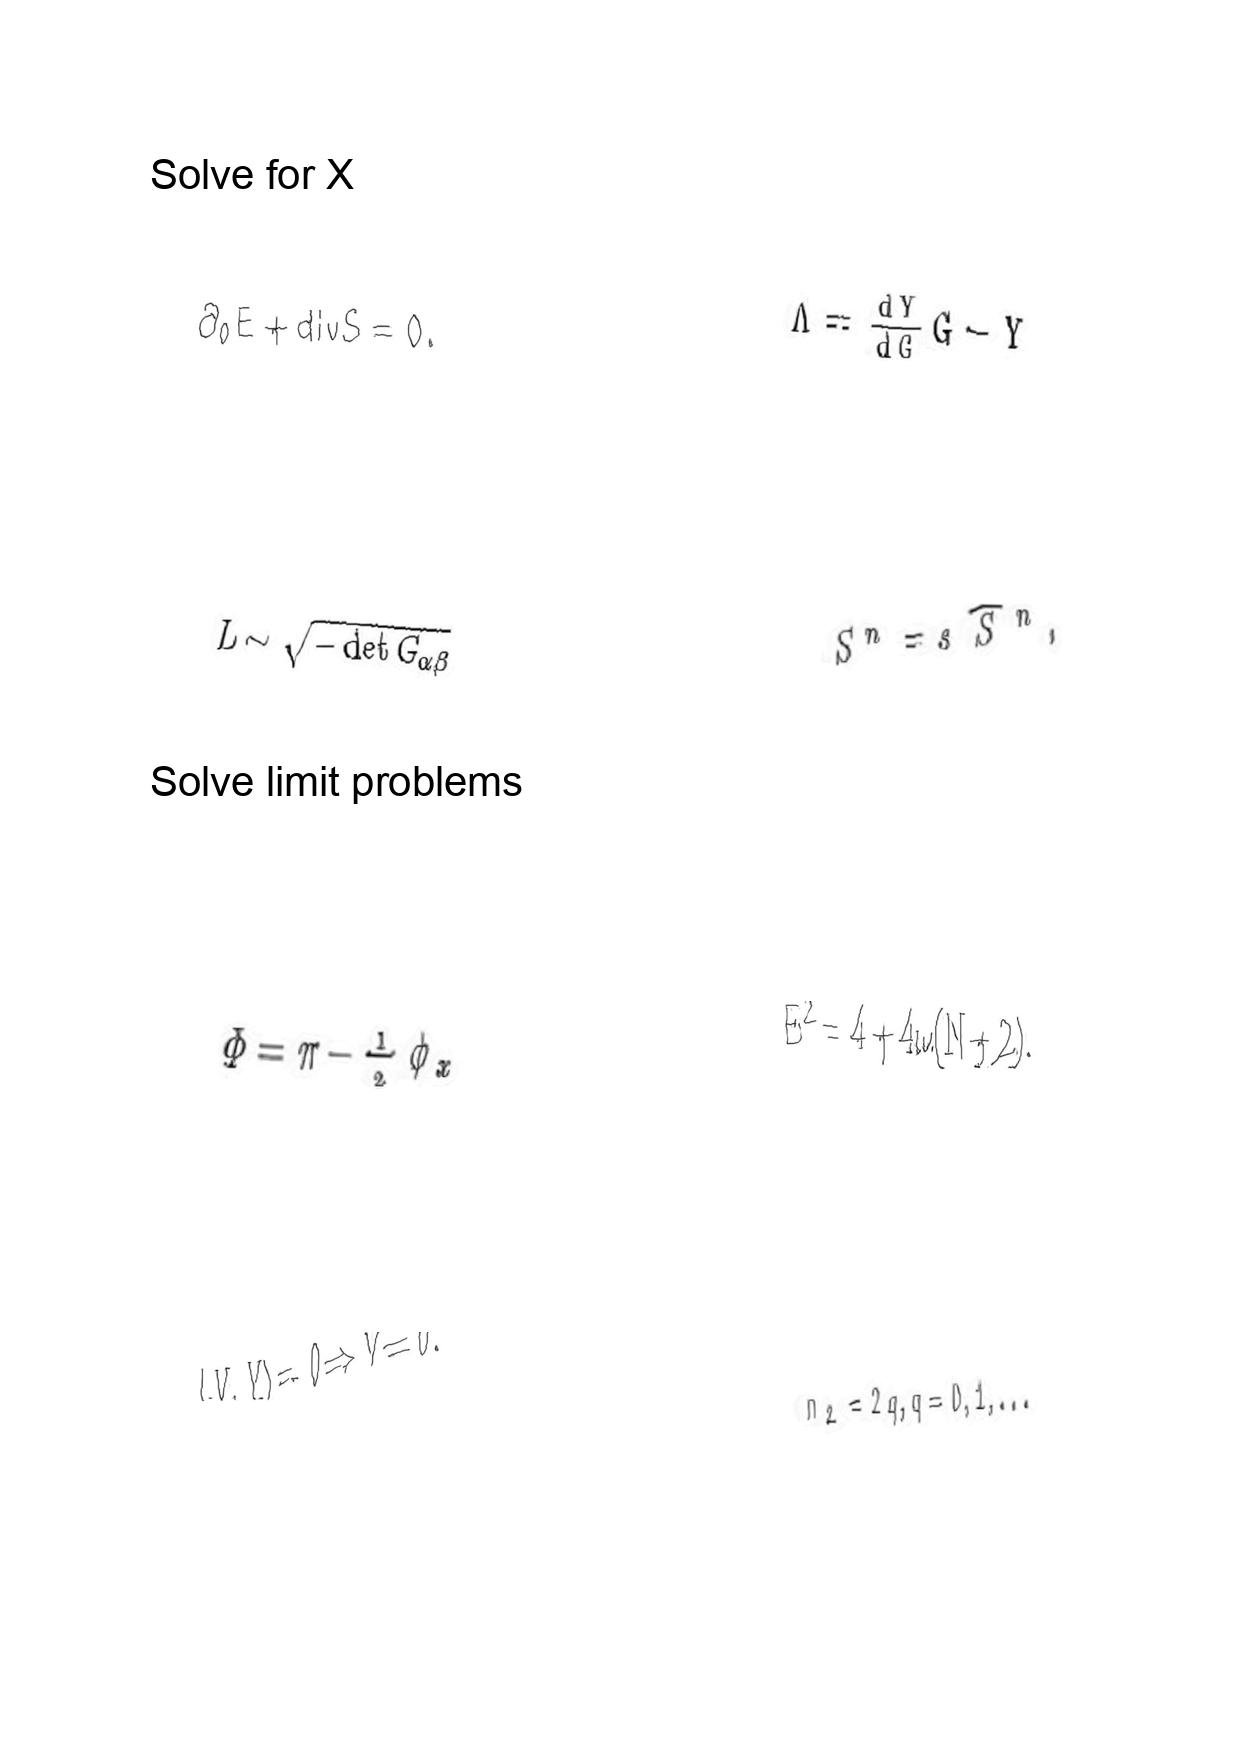
LaTeX transcription:
\partial _ { 0 } E + d i v S = 0 .
L \sim \sqrt { - \det G _ { \alpha \beta } }
\Phi = \pi - \frac { 1 } { 2 } \phi _ { x }
\langle V , V \rangle = 0 \Rightarrow V = 0 .
\Lambda = \frac { d Y } { d G } G - Y
S ^ { n } = s \hat { S } ^ { n } ,
E ^ { 2 } = 4 + 4 \omega \lparen N + 2 \rparen .
n _ { 2 } = 2 q , q = 0 , 1 , . . .